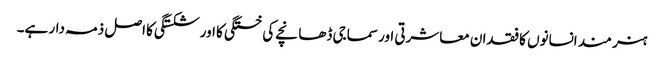
ہنر مند انسانوں کا فقدان معاشرتی اور سماجی ڈھانچے کی خستگی کا اور شکستگی کا اصل ذمہ دار ہے۔